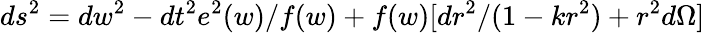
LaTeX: ds^{2}=dw^{2}-dt^{2}e^{2}(w)/f(w)+f(w)[dr^{2}/(1-kr^{2})+r^{2}d\Omega]